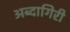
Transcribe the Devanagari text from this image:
अब्दागिरी